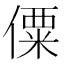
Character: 僳